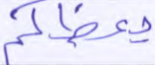
يعظكم